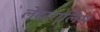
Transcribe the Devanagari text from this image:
लेटारालिस